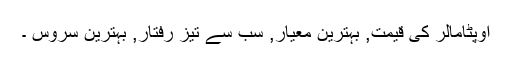
اوپٹامالر کی قیمت, بہترین معیار, سب سے تیز رفتار, بہترین سروس ۔